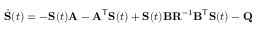
{ \dot { \mathbf { S } } } ( t ) = - \mathbf { S } ( t ) \mathbf { A } - \mathbf { A } ^ { \mathsf { T } } \mathbf { S } ( t ) + \mathbf { S } ( t ) \mathbf { B } \mathbf { R } ^ { - 1 } \mathbf { B } ^ { \mathsf { T } } \mathbf { S } ( t ) - \mathbf { Q }